Riigikantselei, lk 64
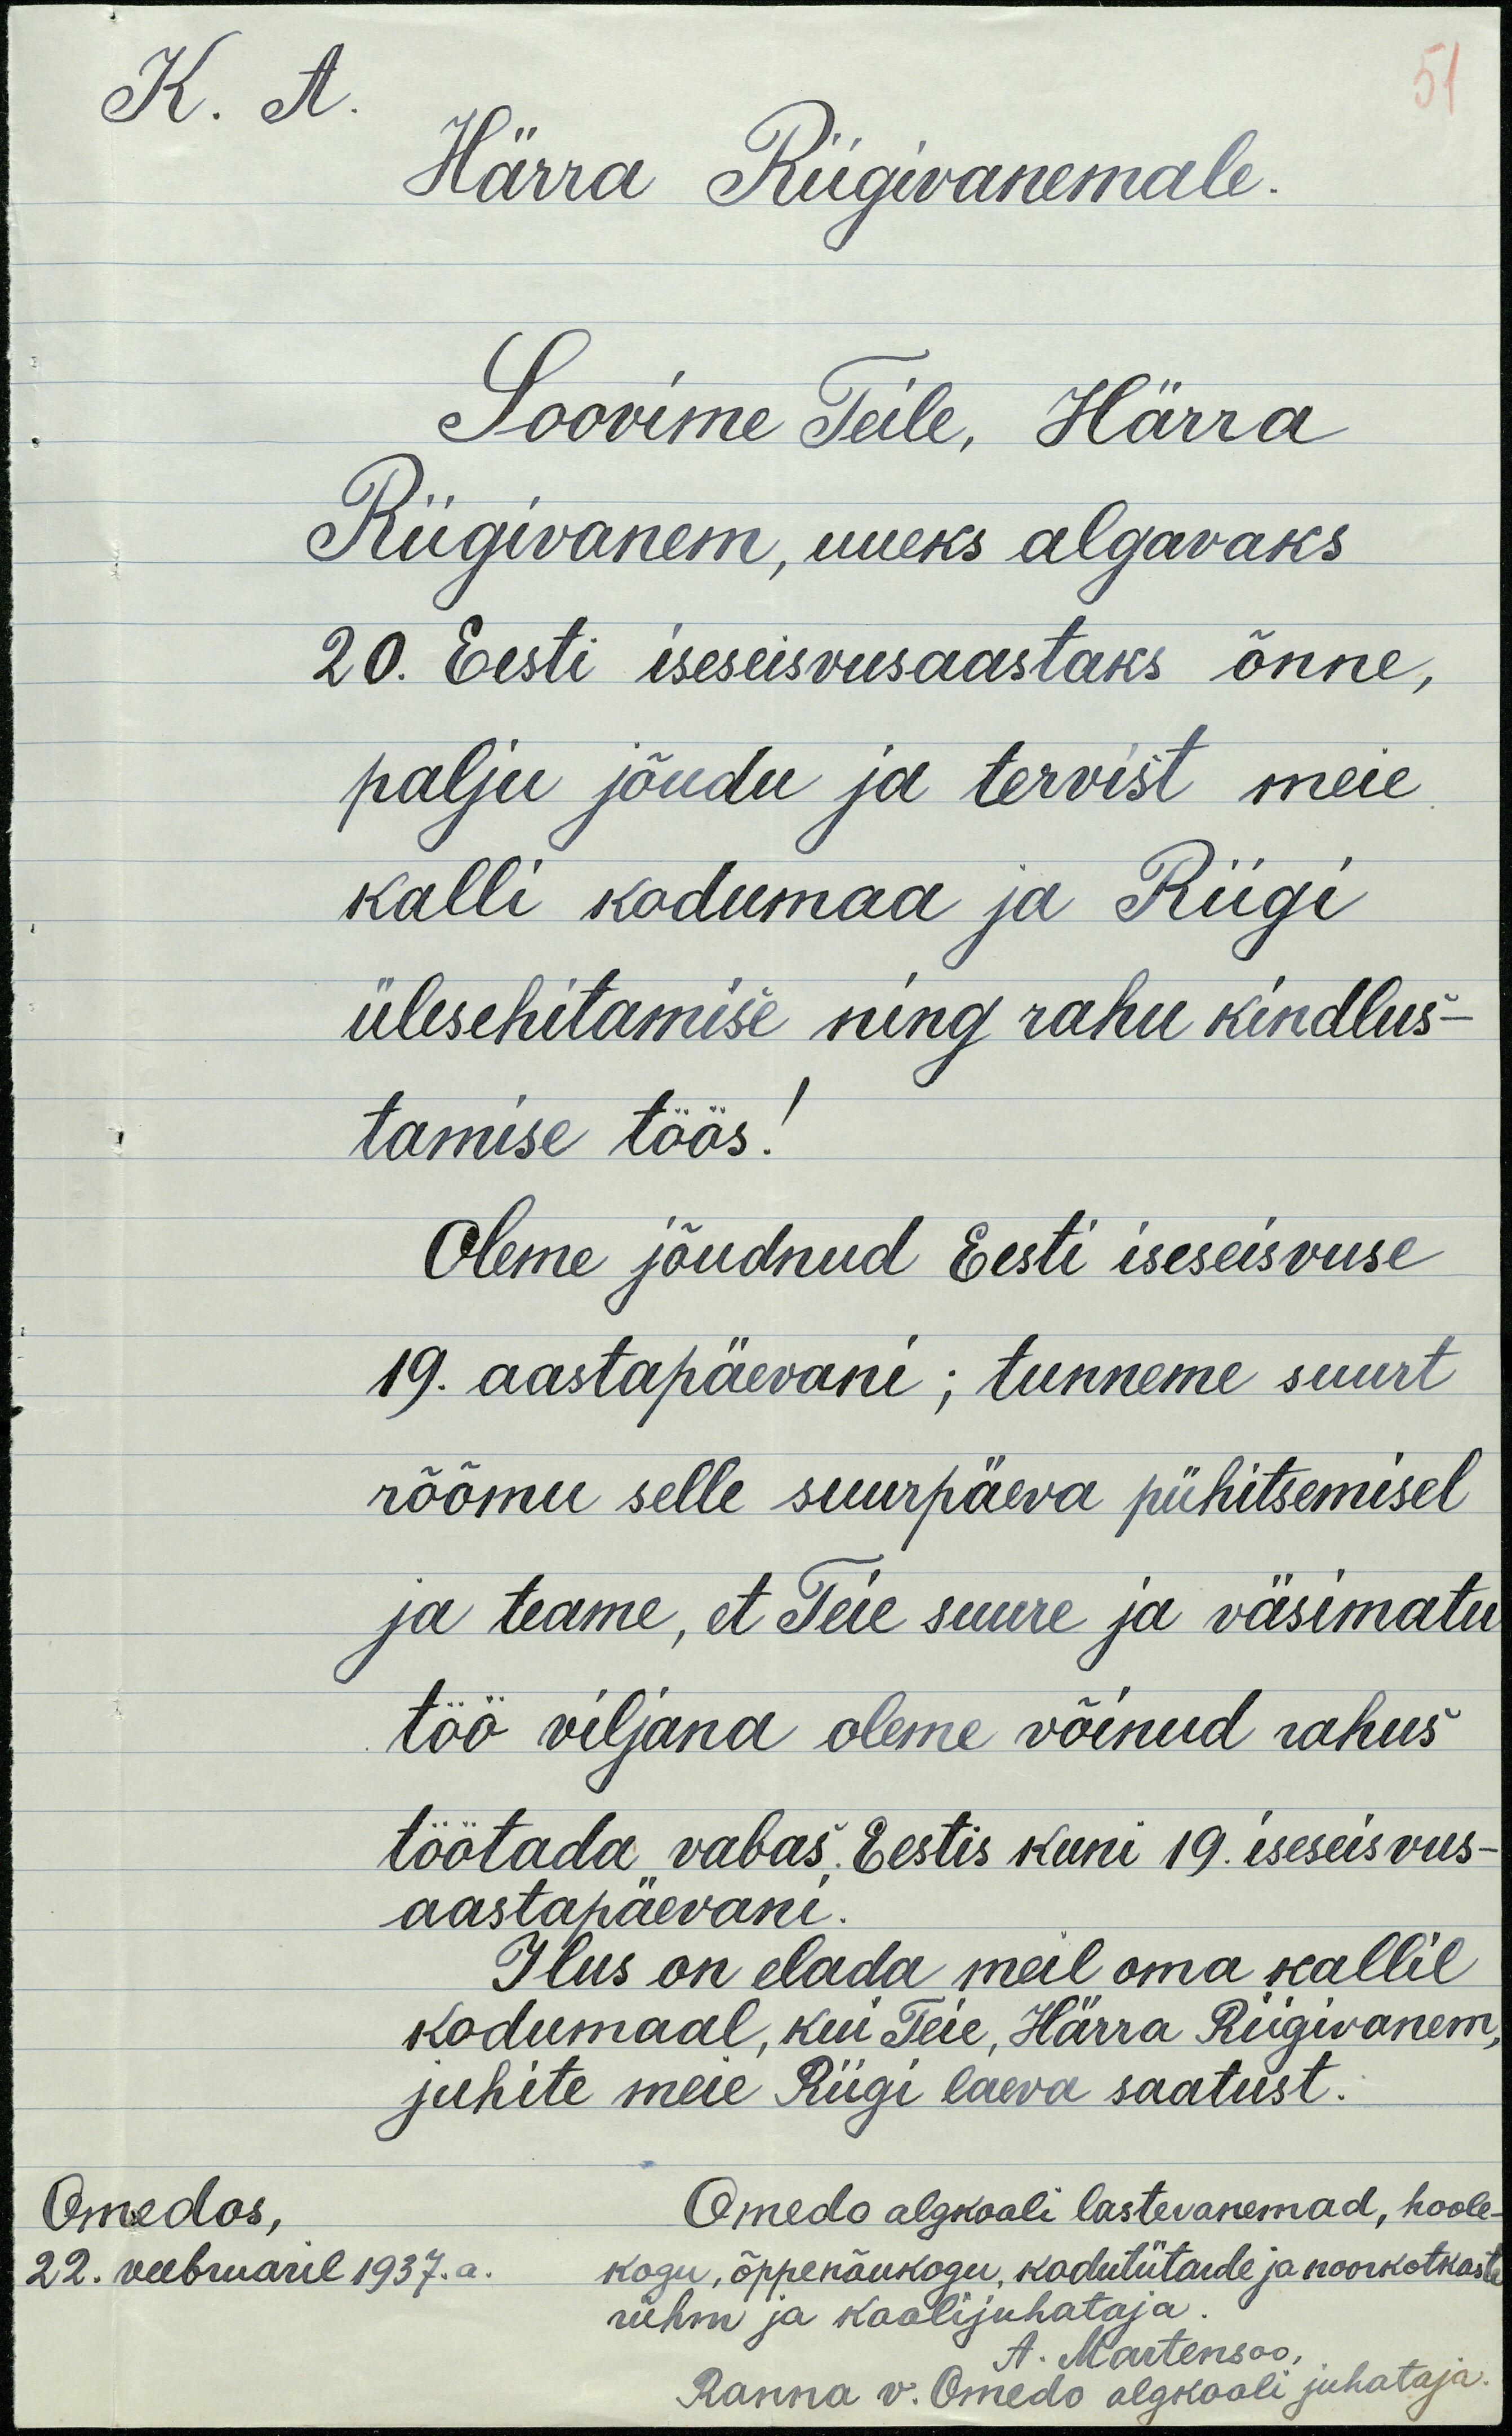
51
K. A.
Härra Riigivanemale.
Soovime Teile, Härra
Riigivanem, uueks algavaks
20. Eesti iseseisvusaastaks õnne,
palju jõudu ja tervist meie
kalli kodumaa ja Riigi
ülesehitamise ning rahu kindlus-
tamise töös!
Oleme jõudnud Eesti iseseisvuse
19. aastapäevani; tunneme suurt
rõõmu selle suurpäeva pühitsemisel
ja teame, et Teie suure ja väsimatu
töö viljana oleme võinud rahus
töötada vabas Eestis kuni 19. iseseisvus-
aastapäevani.
Ilus on elada meil oma kallil
kodumaal, kui Teie, Härra Riigivanem,
juhite meie Riigi laeva saatust.
Omedo algkooli lastevanemad, hoole-
kogu, õppenõukogu, kodutütarde ja noorkotkaste
rühm ja koolijuhataja.
A. Martensoo
Ranna v. Omedo algkooli juhataja.
Omedos,
22. veebruaril 1937.a.